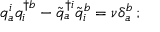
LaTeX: q _ { a } ^ { i } q _ { i } ^ { \dagger b } - { \tilde { q } } _ { a } ^ { \dagger i } { \tilde { q } } _ { i } ^ { b } = \nu \delta _ { a } ^ { b } \, ;